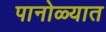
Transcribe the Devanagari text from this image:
पानोळ्यात